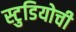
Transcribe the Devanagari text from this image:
स्टुडियोची